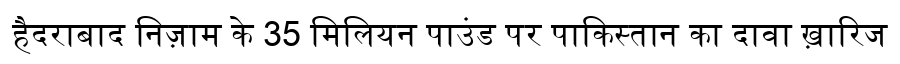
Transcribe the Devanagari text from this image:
हैदराबाद निज़ाम के 35 मिलियन पाउंड पर पाकिस्तान का दावा ख़ारिज